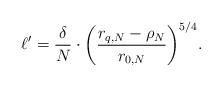
LaTeX: \begin{align*}\ell'=\frac{\delta}{N}\cdot\bigg(\frac{r_{q,N}-\rho_N}{r_{0,N}}\bigg)^{5/4}.\end{align*}